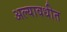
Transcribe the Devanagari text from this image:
अल्यावधीत